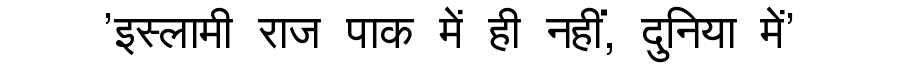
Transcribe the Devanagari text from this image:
'इस्लामी राज पाक में ही नहीं, दुनिया में'